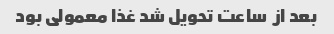
بعد از  ساعت تحویل شد غذا معمولی بود